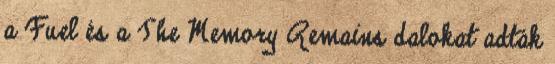
a Fuel és a The Memory Remains dalokat adták